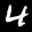
Label: 4